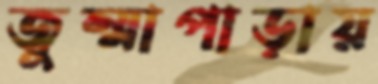
জুম্মাপাড়ায়